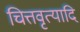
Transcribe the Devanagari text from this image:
चित्तवृत्यादि